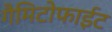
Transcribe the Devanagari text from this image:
गैमिटोफाईट